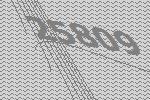
25809